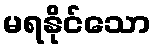
မရနိုင်သော